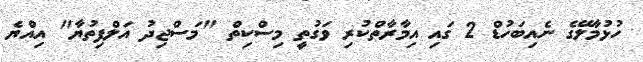
ހުޅުމާލޭގެ ނެއިބަހުޑް 2 ގައި އިމާރާތްކުރި ވަގުތީ މިސްކިތް "މަސްޖިދު އަލްފިތުޔާ" އިއްޔެ